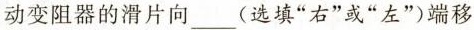
动变阻器的滑片向___(选填”右”或”左”)端移